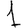
Digit: 1